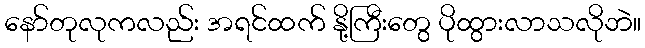
နော်တုလုကလည်း အရင်ထက် နို့ကြီးတွေ ပိုထွားလာသလိုဘဲ။